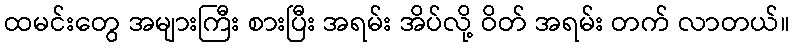
ထမင်းတွေ အများကြီး စားပြီး အရမ်း အိပ်လို့ ဝိတ် အရမ်း တက် လာတယ်။